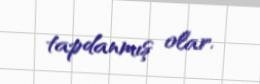
tapdanmış olar.